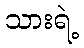
သားရဲ့